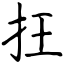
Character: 抂